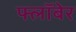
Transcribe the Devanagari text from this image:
फ्लॉबेर